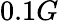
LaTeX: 0.1G